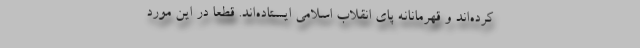
کرده‌اند و قهرمانانه پای انقلاب اسلامی ایستاده‌اند. قطعاً در این مورد